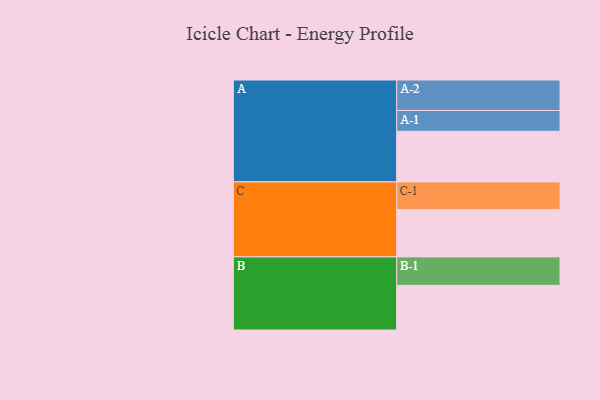
{"axis": {"x": "Segment", "y": "Value"}, "legend": ["", "A", "B", "C"], "data": [{"x": "A", "y": 450, "type": ""}, {"x": "B", "y": 397, "type": ""}, {"x": "C", "y": 421, "type": ""}, {"x": "A-1", "y": 185, "type": "A"}, {"x": "A-2", "y": 271, "type": "A"}, {"x": "B-1", "y": 253, "type": "B"}, {"x": "C-1", "y": 246, "type": "C"}]}